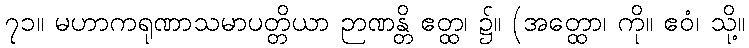
၇၁။ မဟာကရုဏာသမာပတ္တိယာ ဉာဏန္တိ ဧတ္ထ၊ ၌။ (အတ္ထော၊ ကို။ ဧဝံ၊ သို့။